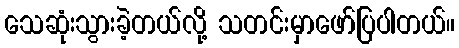
သေဆုံးသွားခဲ့တယ်လို့ သတင်းမှာဖော်ပြပါတယ်။